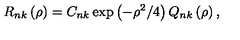
R _ { n k } \left( \rho \right) = C _ { n k } \exp \left( - \rho ^ { 2 } / 4 \right) Q _ { n k } \left( \rho \right) ,